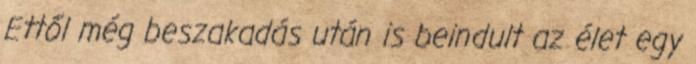
Ettől még beszakadás után is beindult az élet egy